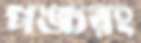
পঙ্চরং